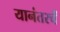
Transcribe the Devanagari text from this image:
यानंतरचें